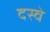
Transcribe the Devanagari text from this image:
दस्वे